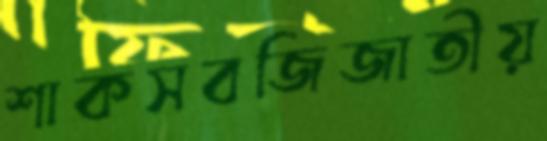
শাকসবজিজাতীয়